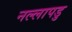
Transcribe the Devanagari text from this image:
नल्‍लापडु